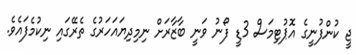
ޖީ ކުންފުނީގެ އޮޕުޓިމަސް 3ޑީ ފޯނު ވަނީ ބާޒާރަށް ނިމިދިޔައަހަރުގެ ތެރޭގައި ނިކުމެފައެވެ.